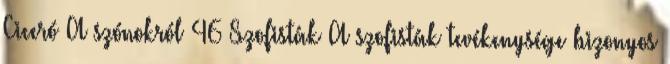
Ciceró A szónokról 46 Szofisták A szofisták tevékenysége bizonyos